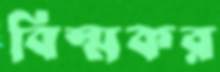
বিস্মকর